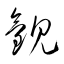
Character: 観